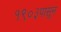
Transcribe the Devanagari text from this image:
१९०३पासून